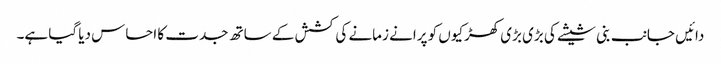
دائیں جانب بنی شیشے کی بڑی بڑی کھڑکیوں کو پرانے زمانے کی کشش کے ساتھ جدت کا احساس دیا گیا ہے۔